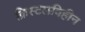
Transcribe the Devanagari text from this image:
क्रिस्टलविहीन